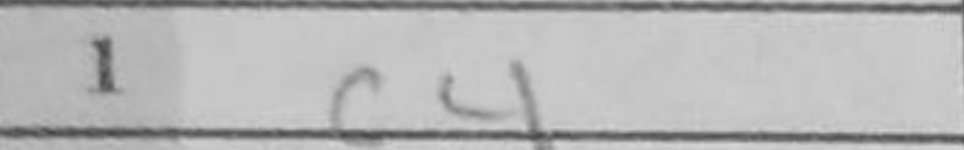
Transcription: c4